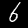
Label: 6